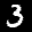
Label: 3